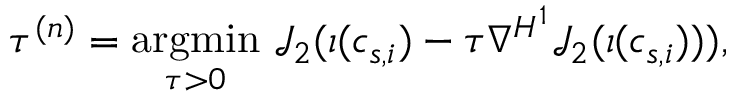
\tau ^ { ( n ) } = \underset { \tau > 0 } { \operatorname { a r g m i n } } ~ \mathcal { J } _ { 2 } ( \iota ( c _ { s , i } ) - \tau \nabla ^ { { H } ^ { 1 } } \mathcal { J } _ { 2 } ( \iota ( c _ { s , i } ) ) ) ,